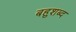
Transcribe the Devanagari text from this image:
बहुशब्द